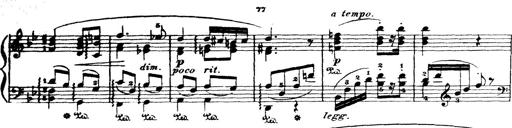
Title: Wagner-Liszt Album
Composer: Franz Liszt